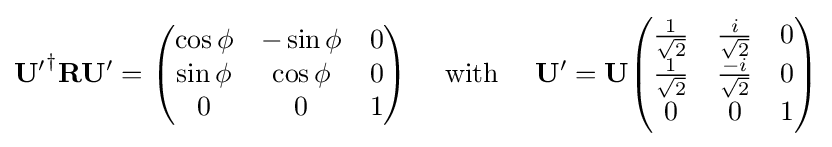
\mathbf {U'} ^{\dagger }\mathbf {R} \mathbf {U'} ={\begin{pmatrix}\cos \phi &-\sin \phi &0\\\sin \phi &\cos \phi &0\\0&0&1\\\end{pmatrix}}\quad {\text{ with }}\quad \mathbf {U'} =\mathbf {U} {\begin{pmatrix}{\frac {1}{\sqrt {2}}}&{\frac {i}{\sqrt {2}}}&0\\{\frac {1}{\sqrt {2}}}&{\frac {-i}{\sqrt {2}}}&0\\0&0&1\\\end{pmatrix}}